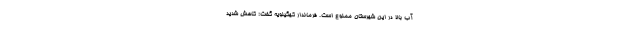
آب بالا در این شهرستان ممنوع است. فرماندار کهگیلویه گفت: کاهش شدید